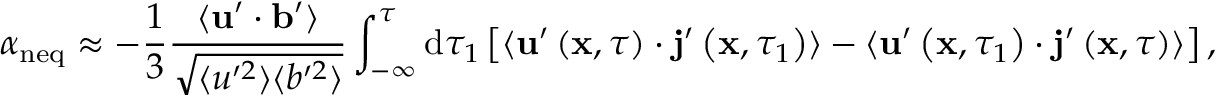
\alpha _ { \mathrm { n e q } } \approx - \frac { 1 } { 3 } \frac { \langle \mathbf { u } ^ { \prime } \cdot \mathbf { b } ^ { \prime } \rangle } { \sqrt { \langle u ^ { \prime 2 } \rangle \langle b ^ { \prime 2 } \rangle } } \int _ { - \infty } ^ { \tau } \mathrm { d } \tau _ { 1 } \left[ \langle \mathbf { u } ^ { \prime } \left( \mathbf { x } , \tau \right) \cdot \mathbf { j } ^ { \prime } \left( \mathbf { x } , \tau _ { 1 } \right) \rangle - \langle \mathbf { u } ^ { \prime } \left( \mathbf { x } , \tau _ { 1 } \right) \cdot \mathbf { j } ^ { \prime } \left( \mathbf { x } , \tau \right) \rangle \right] ,